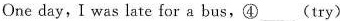
One day,I was late for a bus,④___(try)